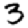
Digit: 3